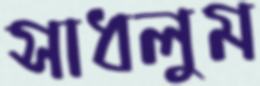
সাধলুম